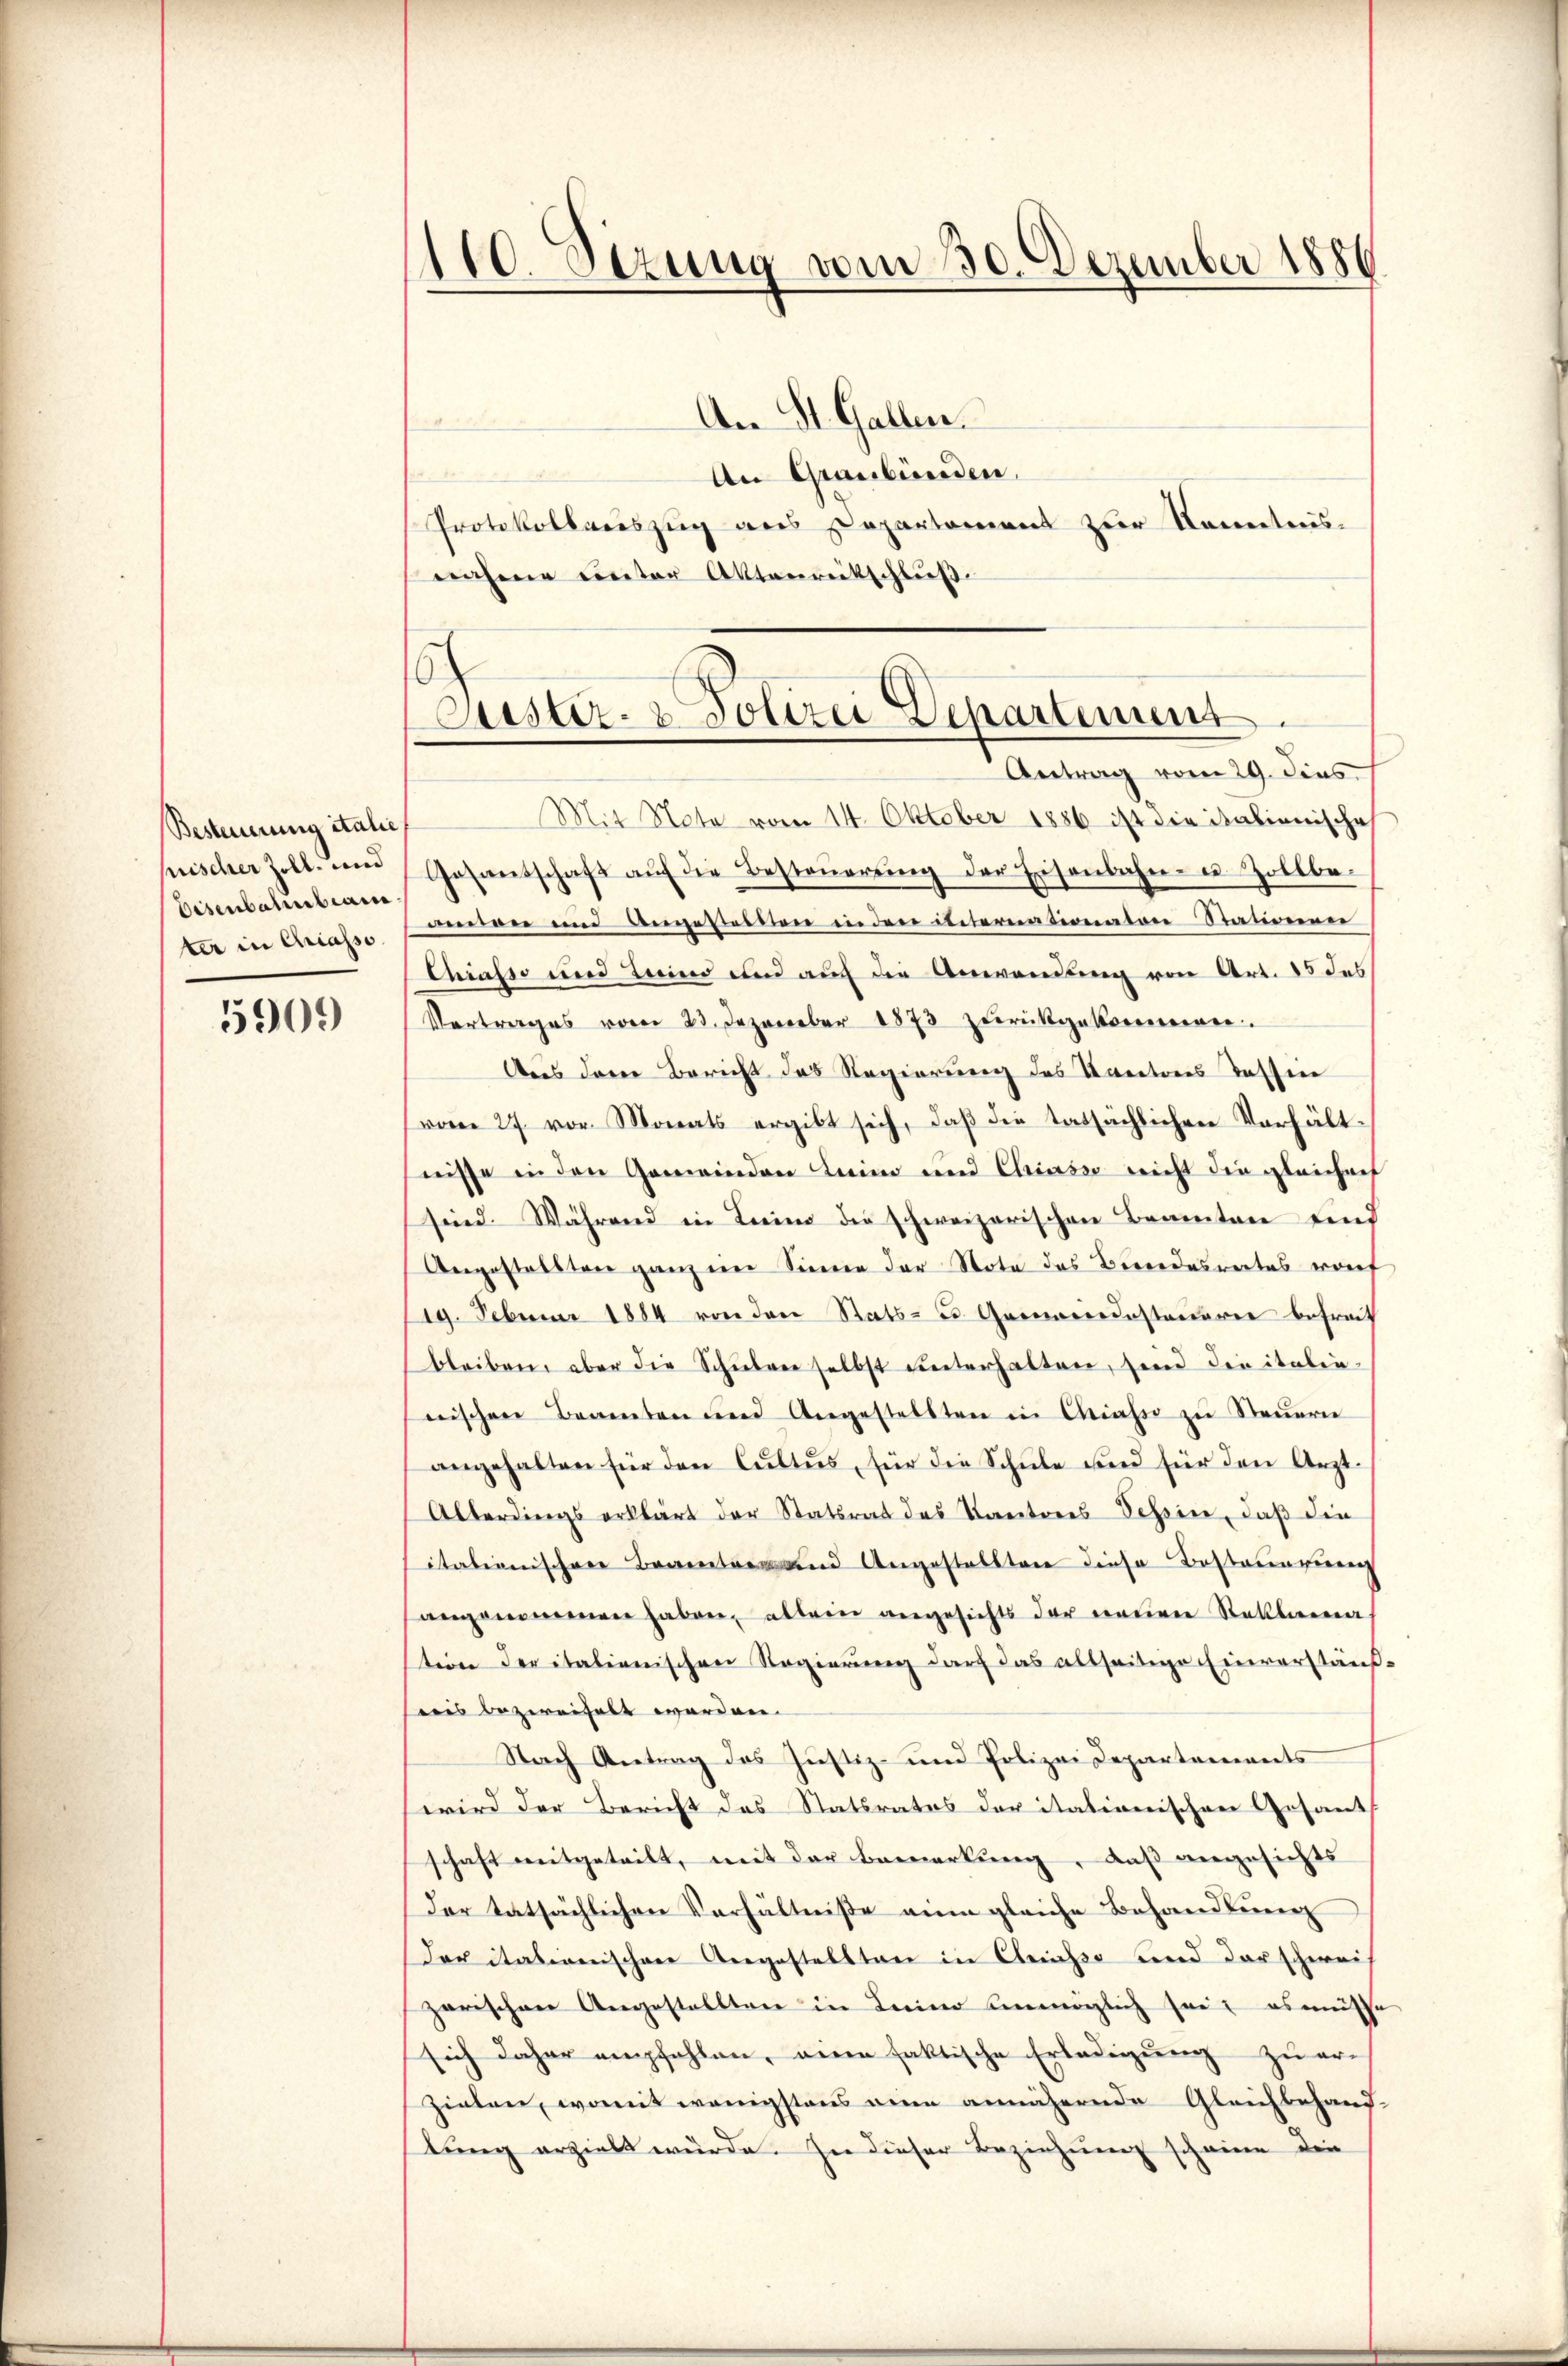
Besteuerung italie
Eisenbahnbean
ter in Chiasso

5909

110. Sizung vom 30. Dezember 1850
.

An St. Gallen.
An Graubünden.
Protokollauszug aus Departement zur Kenntnisnahme unter Aktenrütschluß

Mit Note vom 14. Oktober 1886 ist die italienische
prischer Zoll um Gesandschaft aŭf die Besteŭerŭng der Eisenbahn- u. Zollbe-
anden und angesteilten in den insternationaron Stationen
Chiasso und Leine und auch die Anwendung von Art. 15 des
Vortrages vom 23. Dezember 1873 zurückgekommen.
Aus dem Bericht das Regierung des Kantons Tessin
vom 27. vor. Monats ergibt sich, daß die tatsächlichen Verhält-
nisse in den Gemeinden Lein und Chiasso nicht die gleichaef
sind. Während in Luino die schweizerischen Beamten und
Angestellten ganz ein Sinne der Note des Bundesreites vorf
19. Februar 1884 von den Stats- u. Gemeindesteuerer befreit
bleiben, aber die Schŭlen selbst unterhalten, sein die italie-
nischen Beamten und Angestellten in Chiasso zu Steuern
angehalten für den Cultus, für die Schŭle und für den Arzt-
Alterdings erklärt der Statsrat des Kantones Schein, daß die
itationischen Beantre und Angestaltere diese Bestrengung
angenommen haben, allein angesichts der neuen Reklama
tion der italienischen Regierung durch das allseitige Einverstäuß-
reis bezweifelt werden. |
Nach Antrag des Justiz- und Polizei Departements
wird der Bericht des Statsrates der itationischen Gesants
schaft mitgeteilt, mit der Bemerkung, daß angesichts
Der tatsächlichen Verhältniße ein gleiche Behandlung
Deritationischen Angestellten in Censo und der schwei
zarischen Angestellten in Leine unmöglich sei; es müsse
sich daher empfehlen, eine faktische Erledigung zu er-
zielen, womit wenigstens eine annähernde Gleichbehaus-
tung erzielt würde. In dieser Beziehung scheine die

6
Puster- & Polizei Departenins
Antrag vom 29. dies